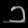
Digit: ၁